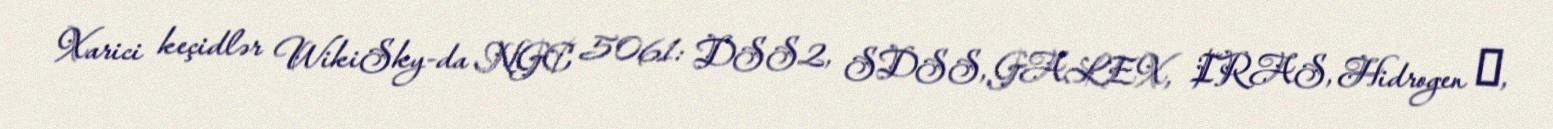
Xarici keçidlər WikiSky-da NGC 5061: DSS2, SDSS, GALEX, IRAS, Hidrogen α,